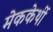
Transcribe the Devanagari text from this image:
मेककेर्थी